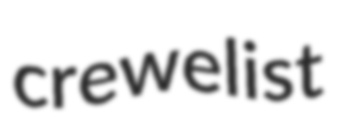
crewelist